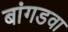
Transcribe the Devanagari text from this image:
बांगडवा